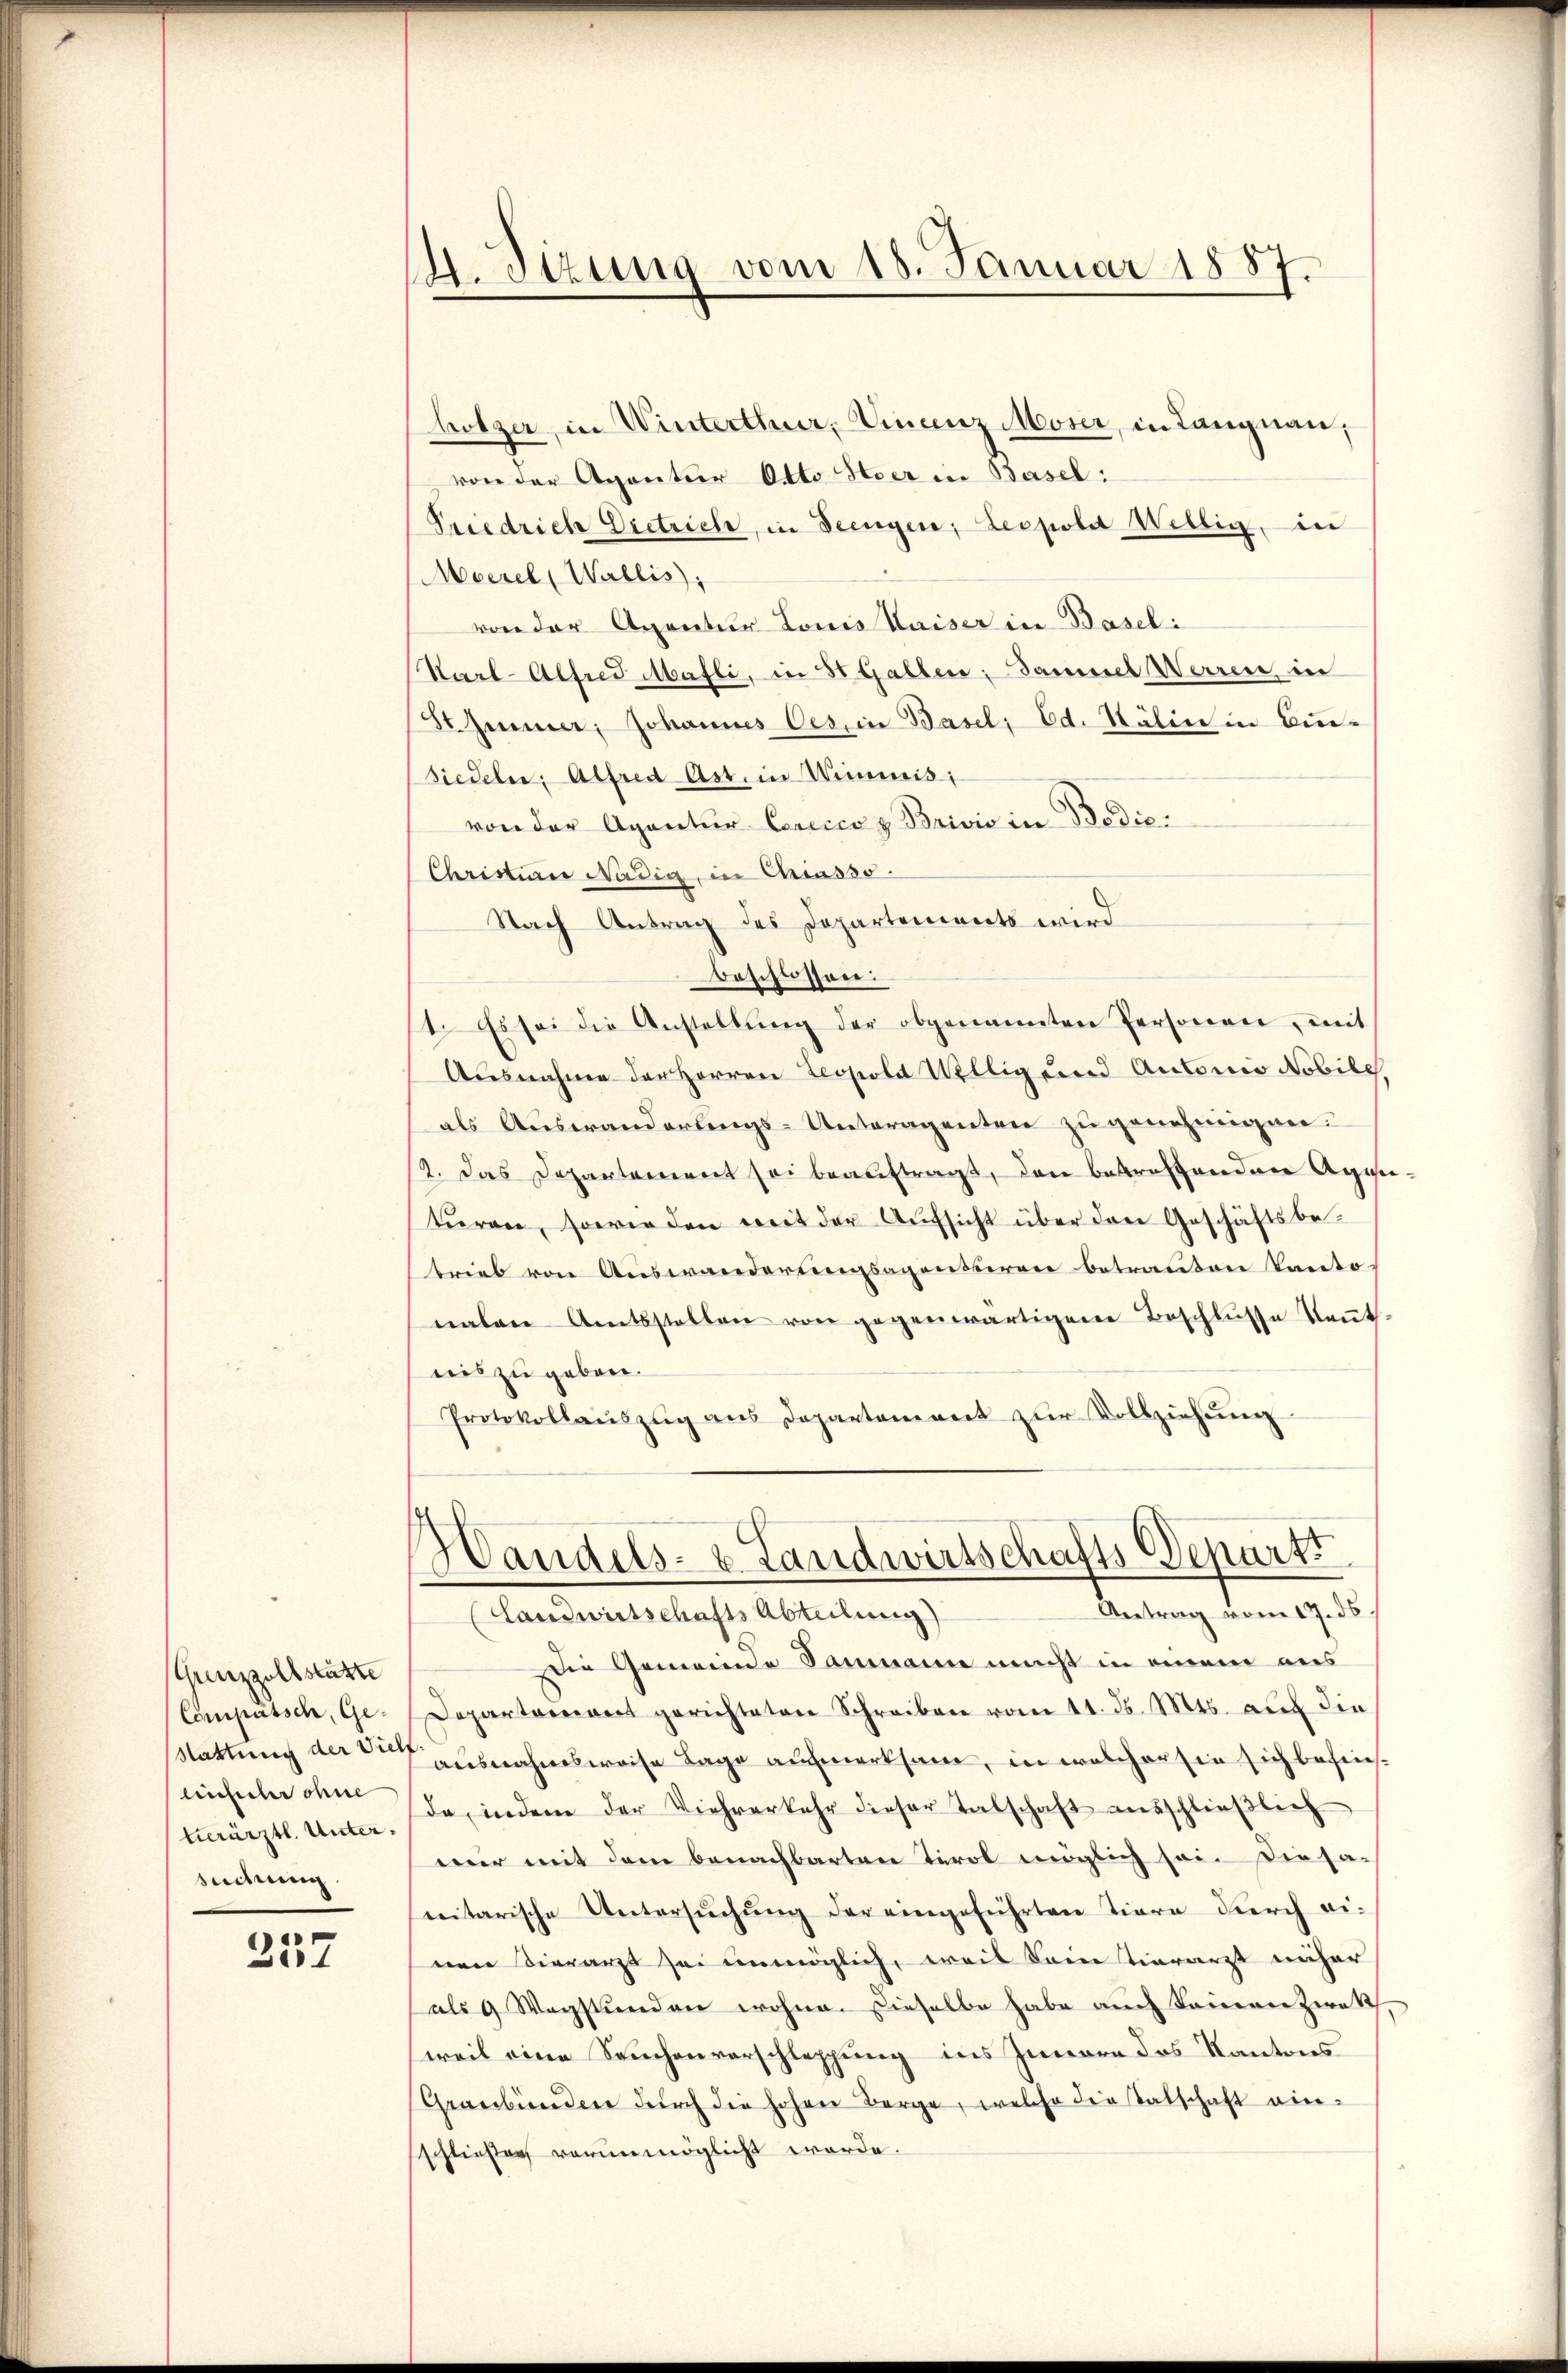
Gunzzollstätte
Computsch, Geeinsch ohne
suchung

237

1. Sizung vom 18. Januar 1887.

hötzer, in Winterthur, Dinanz Moser, in Langnau,
von der Aganter Otto Heer in Basel:
Friedrich Dietrich, in Seengen, Leopold Willig, in
Moerel (Wallis,
von der Agentur Louis Waiser in Baseli
Karl-Alfred Mafli, in 8 Gallen; Dammel Werren in
St Immer, Johannes Oes, in Basel, Ed. Kälin in Bun-
siedeln. Alfred Art. in Wimmis
von der Agantur Cerccco z. Brivio in Bedie¬
Christian Nädig, in Chiasso
Nach Antrag des Departements wird
beschlossen:
14. Es sei die Anstellŭng der obgenannten Personen, mit
Ausnahme der Herren Leopold Willig und Autonio Nobile
als Auswanderungs-Unteragenten zu genehmigen.
12. Das Departement sei beauftragt, den betreffenden Agentŭren, sowie den mit der Aŭfsicht über den Geschäftsbe-
trieb von Auswanderungsagensberen betrauten Kanto
nalen Amtsstellen von gegenwärtigem Beschlüsse Kennt.
nis zu geben.
Protokollauszug aus Departement zur Vollziehung
Handels- u. Landwirtschafts-Depart
Antrag vom 17. ds
(Landwirtschafts Abteilung)
Die Gemeinde Sammann nicht in einem aus
Departement gerichteten Schreiben vom 11. ds. Mts. auf die
Stattung der Ausnahmsweise Lage aufmerksam, in welcher sie sich befintärztl. Unter. Da indem der Viehverkehr dieser Talschaft ausschlieβlich
mur mit dem benachbarten Tirol möglich sei. Die sac
nitarische Untersŭchŭng der eingeführten Tiere durch ei-
nen Seearzt sei unmöglich, weil kein tierarzt näher
als 9 Wegstunden wohne. Dieselbe habe auch keinen zwek
weil eine Seuchenvorschleppung ins Innere des Kantons
Graubünden durch die hohen Borge, welche die Salschaft einschließen verunmöglicht werde.